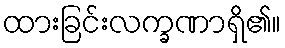
ထားခြင်းလက္ခဏာရှိ၏။